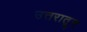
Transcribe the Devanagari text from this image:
उत्तरातून